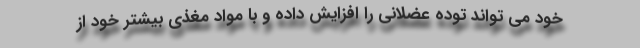
خود می تواند توده عضلانی را افزایش داده و با مواد مغذی بیشتر خود از